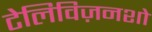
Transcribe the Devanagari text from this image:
टेलिविज़नशो